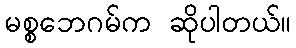
မစ္စဘေဂမ်က ဆိုပါတယ်။